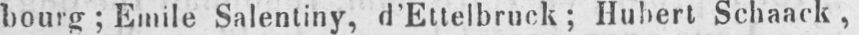
bourg; Emile Salentiny, d’Ettelbruck; Hubert Schaack,